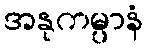
အနုကမ္ပာနံ